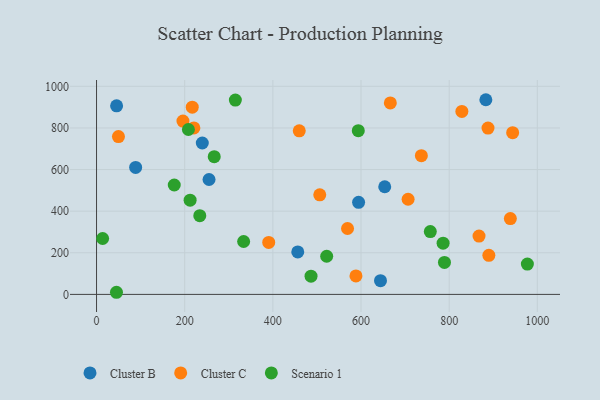
{"axis": {"x": "Engine Size", "y": "Profit"}, "legend": ["Cluster B", "Cluster C", "Scenario 1"], "data": [{"x": "88.7", "y": 610.0, "type": "Cluster B"}, {"x": "45.5", "y": 906.1, "type": "Cluster B"}, {"x": "456.5", "y": 204.1, "type": "Cluster B"}, {"x": "239.9", "y": 727.6, "type": "Cluster B"}, {"x": "653.8", "y": 517.3, "type": "Cluster B"}, {"x": "644.2", "y": 66.0, "type": "Cluster B"}, {"x": "255.2", "y": 552.1, "type": "Cluster B"}, {"x": "594.5", "y": 442.3, "type": "Cluster B"}, {"x": "883.2", "y": 935.6, "type": "Cluster B"}, {"x": "588.5", "y": 88.6, "type": "Cluster C"}, {"x": "220.8", "y": 799.9, "type": "Cluster C"}, {"x": "706.8", "y": 457.3, "type": "Cluster C"}, {"x": "828.8", "y": 879.6, "type": "Cluster C"}, {"x": "666.5", "y": 920.2, "type": "Cluster C"}, {"x": "736.9", "y": 666.9, "type": "Cluster C"}, {"x": "196.0", "y": 833.0, "type": "Cluster C"}, {"x": "867.7", "y": 280.3, "type": "Cluster C"}, {"x": "569.4", "y": 316.6, "type": "Cluster C"}, {"x": "890.0", "y": 187.8, "type": "Cluster C"}, {"x": "938.8", "y": 364.5, "type": "Cluster C"}, {"x": "459.9", "y": 786.3, "type": "Cluster C"}, {"x": "944.0", "y": 777.3, "type": "Cluster C"}, {"x": "506.4", "y": 478.7, "type": "Cluster C"}, {"x": "49.7", "y": 758.3, "type": "Cluster C"}, {"x": "217.1", "y": 899.8, "type": "Cluster C"}, {"x": "390.6", "y": 249.7, "type": "Cluster C"}, {"x": "888.1", "y": 799.3, "type": "Cluster C"}, {"x": "234.2", "y": 378.5, "type": "Scenario 1"}, {"x": "314.9", "y": 933.7, "type": "Scenario 1"}, {"x": "13.8", "y": 268.6, "type": "Scenario 1"}, {"x": "45.2", "y": 10.2, "type": "Scenario 1"}, {"x": "176.3", "y": 525.8, "type": "Scenario 1"}, {"x": "977.4", "y": 145.5, "type": "Scenario 1"}, {"x": "522.1", "y": 183.3, "type": "Scenario 1"}, {"x": "486.6", "y": 87.8, "type": "Scenario 1"}, {"x": "333.7", "y": 254.3, "type": "Scenario 1"}, {"x": "267.0", "y": 662.0, "type": "Scenario 1"}, {"x": "786.2", "y": 246.2, "type": "Scenario 1"}, {"x": "789.3", "y": 153.9, "type": "Scenario 1"}, {"x": "757.2", "y": 302.1, "type": "Scenario 1"}, {"x": "208.4", "y": 792.4, "type": "Scenario 1"}, {"x": "212.3", "y": 452.6, "type": "Scenario 1"}, {"x": "593.8", "y": 786.8, "type": "Scenario 1"}]}